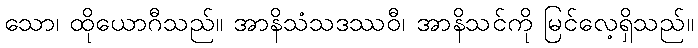
သော၊ ထိုယောဂီသည်။ အာနိသံသဒဿဝီ၊ အာနိသင်ကို မြင်လေ့ရှိသည်။